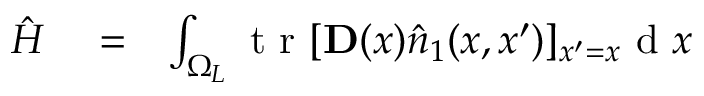
\begin{array} { r l r } { \hat { H } } & { { } = } & { \int _ { \Omega _ { L } } \ensuremath { \mathrm { ~ t ~ r ~ } } [ \ensuremath { \mathbf { D } } ( x ) \hat { \b { n } } _ { 1 } ( x , x ^ { \prime } ) ] _ { x ^ { \prime } = x } \ensuremath { \mathrm { ~ d ~ } } x } \end{array}